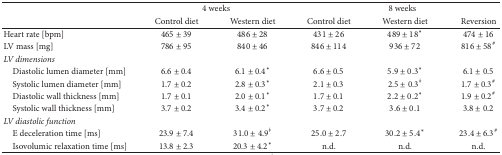
<table><thead><tr><td rowspan="2"><b> </b></td><td colspan="2"><b>4 weeks</b></td><td colspan="3"><b>8 weeks</b></td></tr><tr><td><b>Control diet</b></td><td><b>Western diet</b></td><td><b>Control diet</b></td><td><b>Western diet</b></td><td><b>Reversion</b></td></tr></thead><tbody><tr><td>Heart rate [bpm]</td><td>465 ± 39</td><td>486 ± 28</td><td>431 ± 26</td><td>489 ± 18<sup><i>∗</i></sup></td><td>474 ± 16</td></tr><tr><td>LV mass [mg]</td><td>786 ± 95</td><td>840 ± 46</td><td>846 ± 114</td><td>936 ± 72</td><td>816 ± 58<sup>#</sup></td></tr><tr><td><i>LV dimensions</i></td><td> </td><td> </td><td> </td><td> </td><td> </td></tr><tr><td> Diastolic lumen diameter [mm]</td><td>6.6 ± 0.4</td><td>6.1 ± 0.4<sup><i>∗</i></sup></td><td>6.6 ± 0.5</td><td>5.9 ± 0.3<sup><i>∗</i></sup></td><td>6.1 ± 0.5</td></tr><tr><td> Systolic lumen diameter [mm]</td><td>1.7 ± 0.2</td><td>2.8 ± 0.3<sup><i>∗</i></sup></td><td>2.1 ± 0.3</td><td>2.5 ± 0.3<sup><i>ǂ</i></sup></td><td>1.7 ± 0.3<sup>#</sup></td></tr><tr><td> Diastolic wall thickness [mm]</td><td>1.7 ± 0.1</td><td>2.0 ± 0.1<sup><i>∗</i></sup></td><td>1.7 ± 0.1</td><td>2.2 ± 0.2<sup><i>∗</i></sup></td><td>1.9 ± 0.2<sup>#</sup></td></tr><tr><td> Systolic wall thickness [mm]</td><td>3.7 ± 0.2</td><td>3.4 ± 0.2<sup><i>∗</i></sup></td><td>3.7 ± 0.2</td><td>3.6 ± 0.1</td><td>3.8 ± 0.2</td></tr><tr><td><i>LV diastolic function</i></td><td> </td><td> </td><td> </td><td> </td><td> </td></tr><tr><td> E deceleration time [ms]</td><td>23.9 ± 7.4</td><td>31.0 ± 4.9<sup><i>ǂ</i></sup></td><td>25.0 ± 2.7</td><td>30.2 ± 5.4<sup><i>∗</i></sup></td><td>23.4 ± 6.3<sup>#</sup></td></tr><tr><td> Isovolumic relaxation time [ms]</td><td>13.8 ± 2.3</td><td>20.3 ± 4.2<sup><i>∗</i></sup></td><td>n.d.</td><td>n.d.</td><td>n.d.</td></tr></tbody></table>